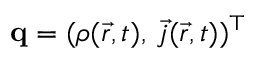
\mathbf { q } = ( \rho ( \vec { r } , t ) , \, \vec { j } ( \vec { r } , t ) ) ^ { \top }